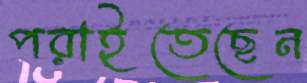
পরাইতেছেন